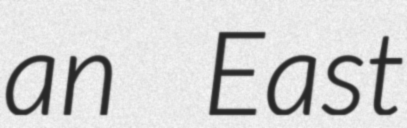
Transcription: an East